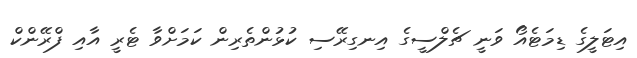
އިޓަލީގެ ޑިމަޓެއޯ ވަނީ ޗެލްސީގެ އިނގިރޭސި ކުޅުންތެރިން ކަމަށްވާ ޓެރީ އާއި ފްރޭންކް